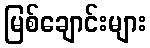
မြစ်ချောင်းများ